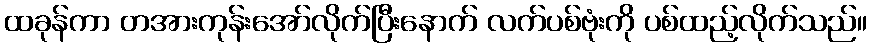
ထခုန်ကာ တအားကုန်းအော်လိုက်ပြီးနောက် လက်ပစ်ဗုံးကို ပစ်ထည့်လိုက်သည်။